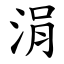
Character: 涓